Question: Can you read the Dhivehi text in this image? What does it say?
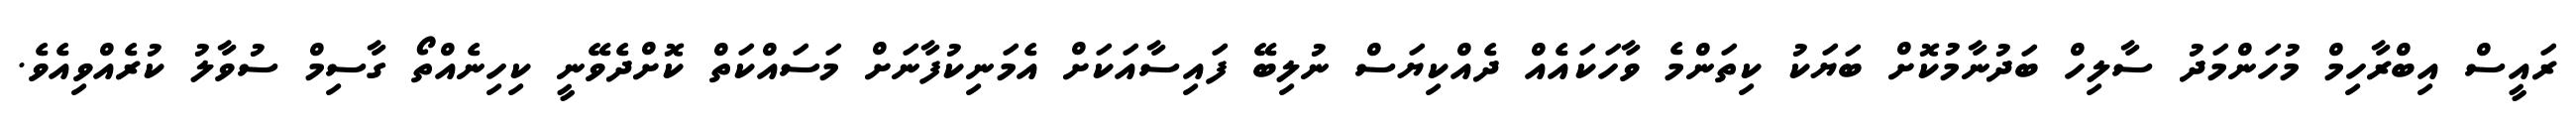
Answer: ރައީސް އިބްރާހިމް މުހަންމަދު ސާލިހް ބަދުނާމުކޮށް ބަޔަކު ކިތަންމެ ވާހަކައެއް ދެއްކިޔަސް ނުލިބޭ ފައިސާއަކަށް އެމަނިކުފާނަށް މަސައްކަތް ކޮށްދެވޭނީ ކިހިނެއްތޯ ގާސިމް ސުވާލު ކުރެއްވިއެވެ.